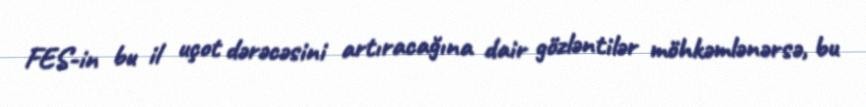
FES-in bu il uçot dərəcəsini artıracağına dair gözləntilər möhkəmlənərsə, bu